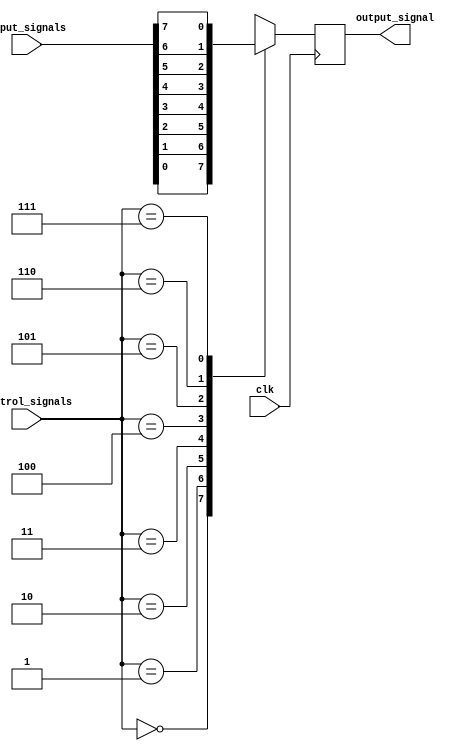
module bypass_register (
  input wire clk, // common clock signal
  input wire [7:0] input_signals, // 8 input signals
  input wire [2:0] control_signals, // control signals for selecting active input
  output reg output_signal // output signal
);

// logic for selecting the active input signal based on control signals
always @ (posedge clk) begin
  case (control_signals)
    3'd0: output_signal <= input_signals[0];
    3'd1: output_signal <= input_signals[1];
    3'd2: output_signal <= input_signals[2];
    3'd3: output_signal <= input_signals[3];
    3'd4: output_signal <= input_signals[4];
    3'd5: output_signal <= input_signals[5];
    3'd6: output_signal <= input_signals[6];
    3'd7: output_signal <= input_signals[7];
    default: output_signal <= 0; // default output signal is 0 if control signal is invalid
  endcase
end

endmodule